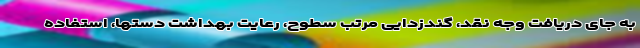
به جای دریافت وجه نقد، گندزدایی مرتب سطوح، رعایت بهداشت دستها، استفاده